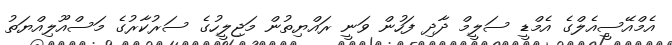
އެމްއޭސީއެލްގެ އެމްޑީ ސަލީމް ދާދި ފަހުން ވަނީ ރައްޔިތުން މަޖިލީހުގެ ސަރުކާރުގެ މަސްއޫލިއްޔަތު